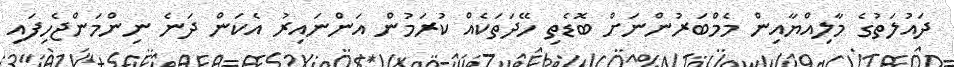
ދައުލަތުގެ މާލިއްޔާއިން މެމްބަރުންނަށް ބޮޑެތި ހޭދަތަކެއް ކުރަމުން އަންނައިރު އެކަން ދަނެ ނިންމަންޖެހިފައި